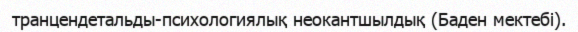
транцендетальды-психологиялық неокантшылдық (Баден мектебі).